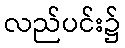
လည်ပင်း၌